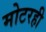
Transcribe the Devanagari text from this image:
मोटरही